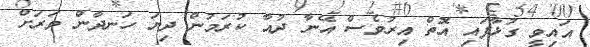
އައިވީ ގުޅާފައި އޮތް އިރުވެސް އޭނާ ދުއާ ކުރަމުން ދިޔަ ހަނދާން ވަރަށް